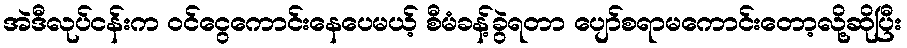
အဲဒီလုပ်ငန်းက ဝင်ငွေကောင်းနေပေမယ့် စီမံခန့်ခွဲရတာ ပျော်စရာမကောင်းတော့လို့ဆိုပြီး